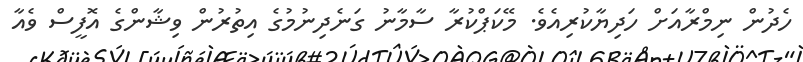
ހެދުން ނިމްރާއަށް ހަދިޔާކުރިއެވެ. މޭކަޕްކުރާ ސާމާނު ގަނެދިނުމުގެ އިތުރުން ވިޝާންގެ އޮފީސް ވެއާ